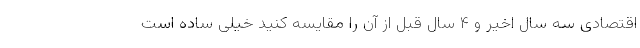
اقتصادی سه سال اخیر و ۴ سال قبل از آن را مقایسه کنید خیلی ساده است